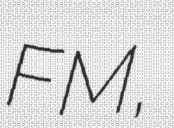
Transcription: FM,